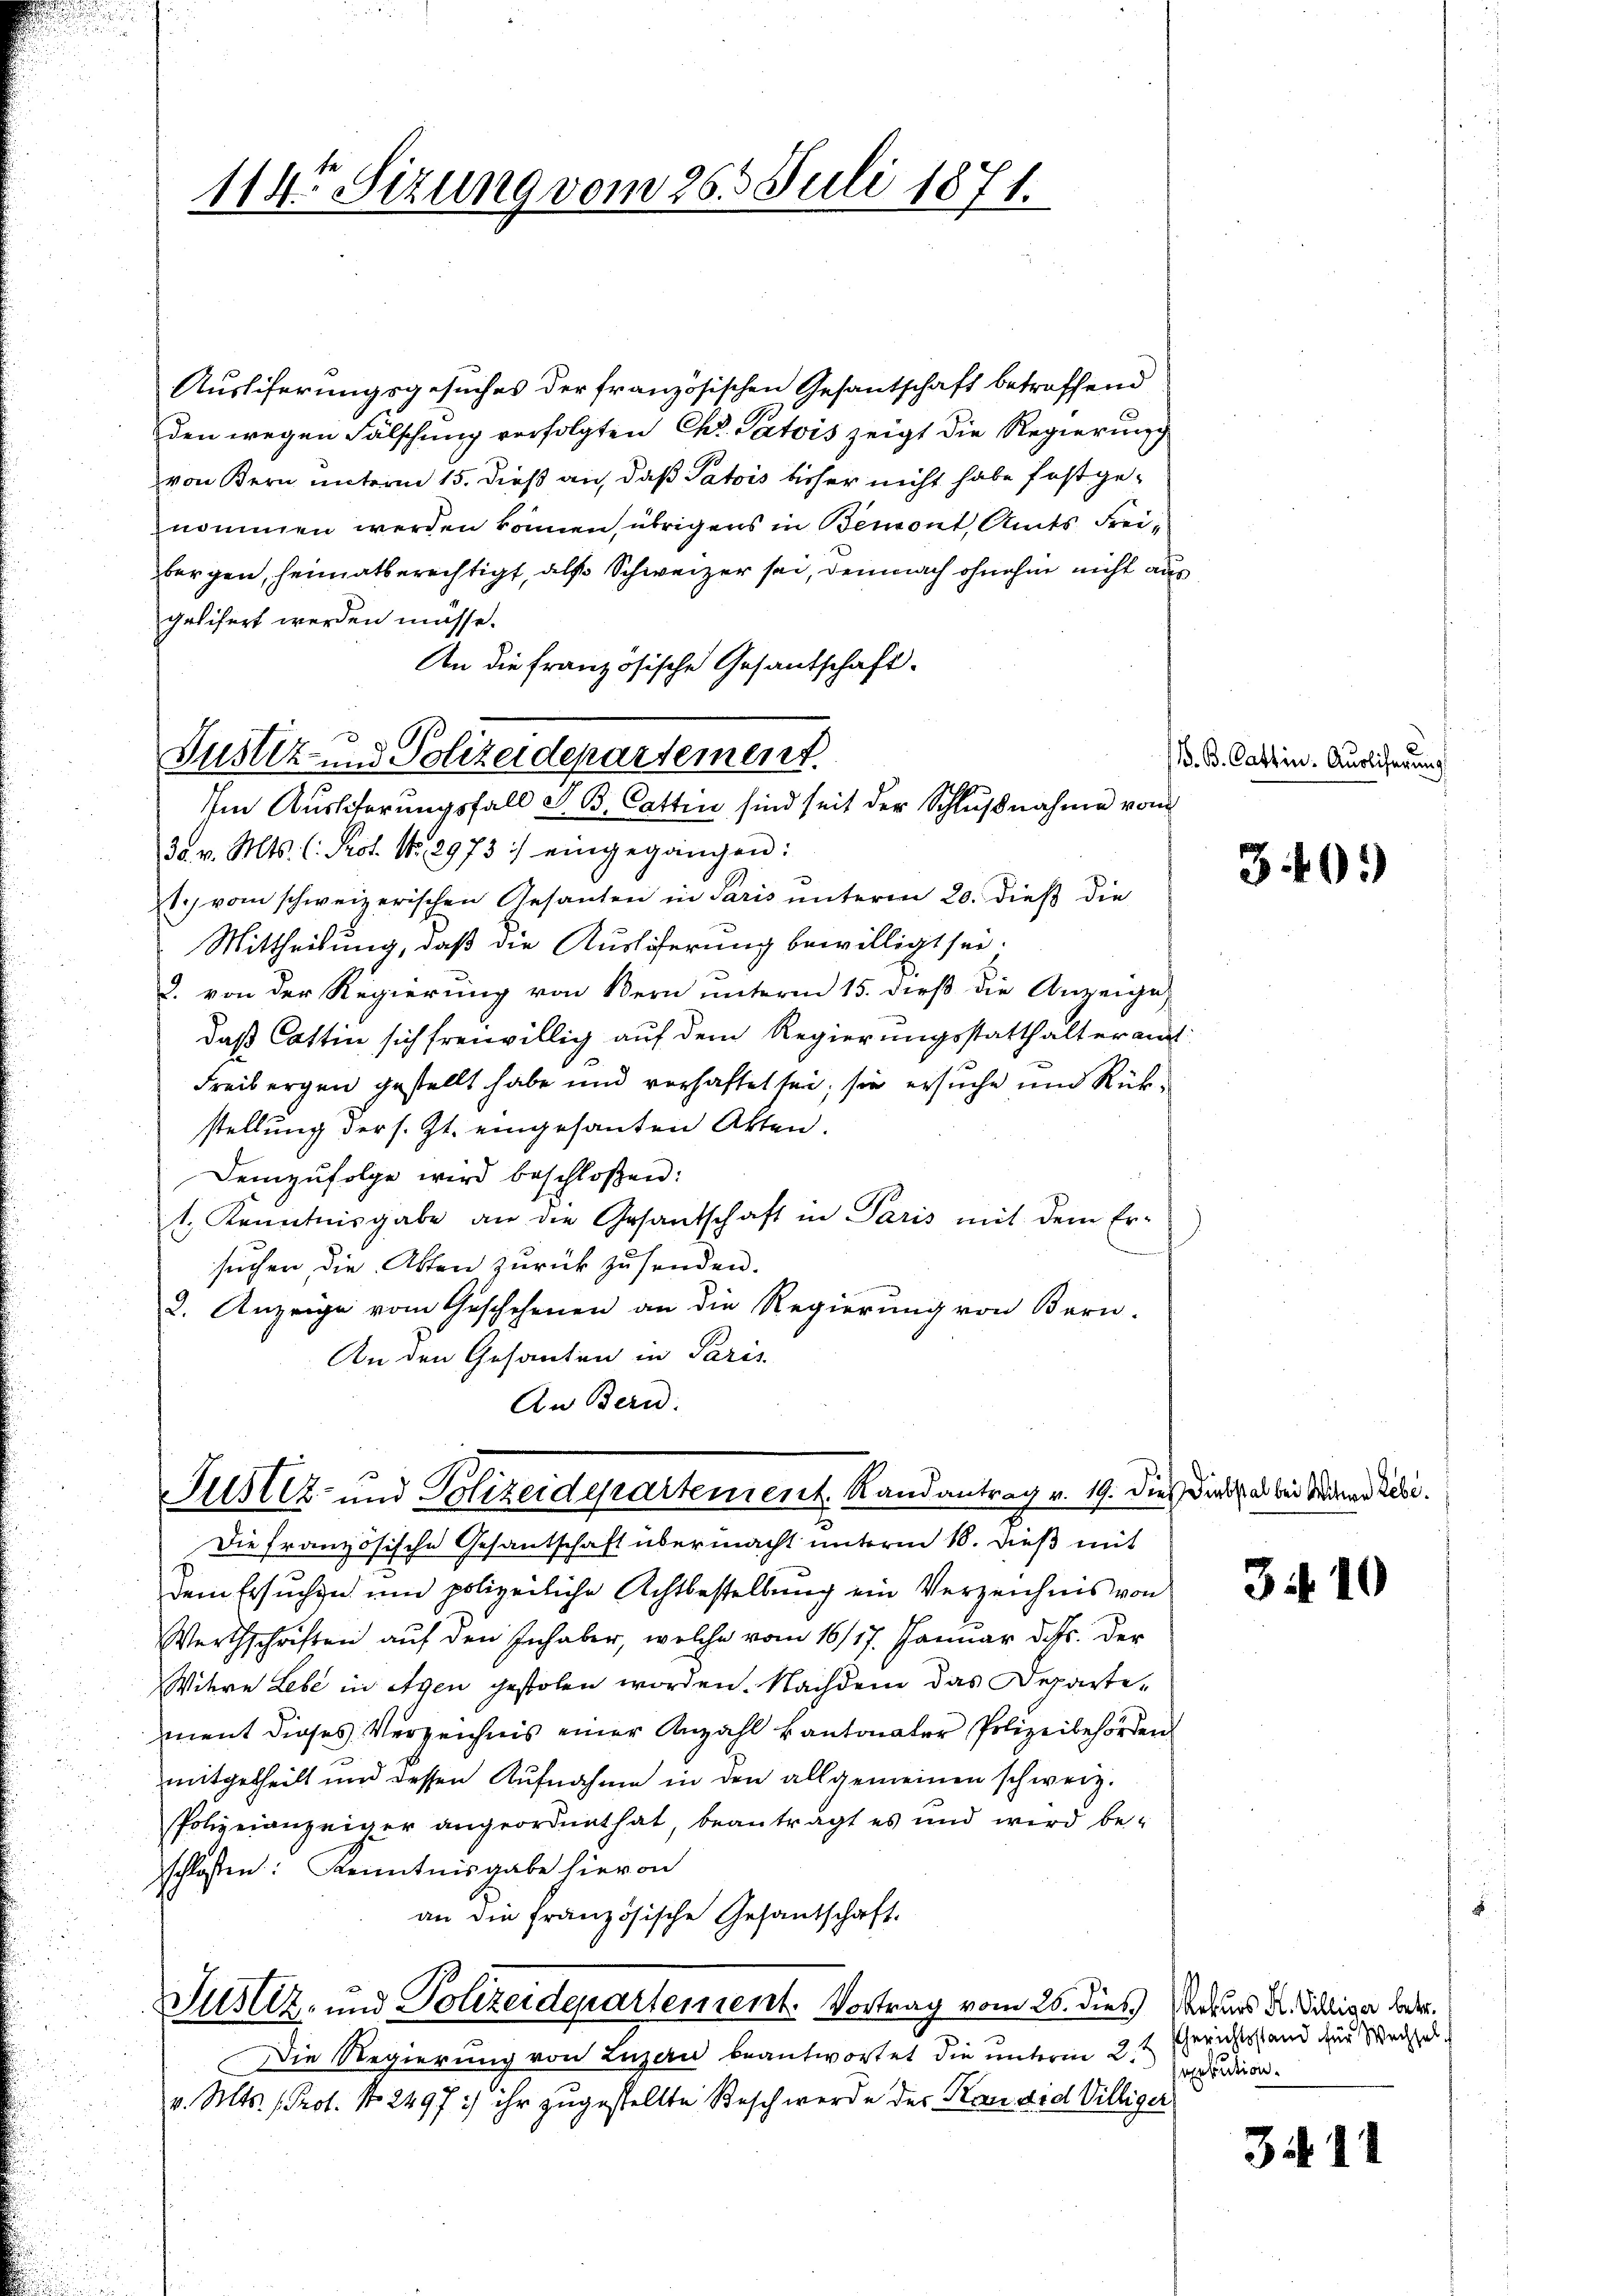
114. Sizung vom 26. Juli 1871.

Justiz- und Polizeidepartement.
Im Ausliterungsfall z. B. Cattin sind seit der Schlŭβnahme vom

Auslieferungsgesuches der französischen Gesantschaft betreffend
den wegen Fälschung verfolgten Chr. Patois zeigt die Regierung
von Bern unterm 15. dieß an, daß Patois bisher nicht habe fast genommen werden können, übrigens in Bemont, Amts Freiborgen, heimatberechtigt, also Schweizer sei, demnach ohnehin nicht aus
gelisert werden müsse.
An die französische Gesantschaft.
30. v. Mts. C. Prot. No. 2973 :/ eingegangen:
t) vom schweizerischen Gesanten in Paris unterm 20. dieß die
Mittheilung, daß die Auslöferung bewilligt sei.
2. von der Regierung von Bern unterm 15. dieß die Anzeige
daß Cattin sich freiwillig auf dem Regierungsstatthalteramt
Freibergen gestellt habe und verhaftet sei; sie ersuche und Rückstellung der s. Zt. eingesanten Akten.
Demzufolge wird beschloßen:
1. Kenntnisgabe an die Gesandschaft in Paris mit dem Er-
suchen, die Akten zurück zusenden.
2. Anzeige vom Geschehenen an die Regierung von Bern-
An den Gesanten in Paris
An Bern.

Justiz- und Polizeidepartenrent. Randantrag v. 19. Die Dicksal bei Seiden Lebe

Die französische Gesandschaft übermacht unterm 18. dieß mit
dem Ersuchen und polizeiliche Achtbestellung ein Verzeichnis von
Werthschriften auf den Inhaber, welche vom 16/17. Januar d. Js. der
Witwe Lebe in eigen gestolen worden. Nachdem das Departement dieses Verzeichnis einer Anzahl kantonaler Polizeibehörden
mitgetheilt und dessen Aufnahme in den allgemeinen schweiz.
Polizeianzeiger angeordnet hat, beantragt es und wird be-
schlossen: Kenntnisgabe hievon
an die französische Gesantschaft.
Justiz- und Polizeidepartement. Vortrag vom 26. dies Naturs d. Salisa betr.
Die Regierung von Luzern beantwortet die unterm 2.
E
v. Mts. (Prot. No. 2497) ihr zugestellte Besch werde der Kann die Villiger

V. B. Cattin. Auslicherung

340)

310

Gerichtsstand für Wechsel
xekution.

34. 11